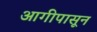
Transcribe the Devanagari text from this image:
आगीपासून